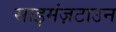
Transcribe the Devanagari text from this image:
साइमंज़टाउन